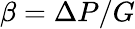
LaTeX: \beta=\Delta P/G